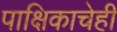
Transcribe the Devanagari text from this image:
पाक्षिकाचेही